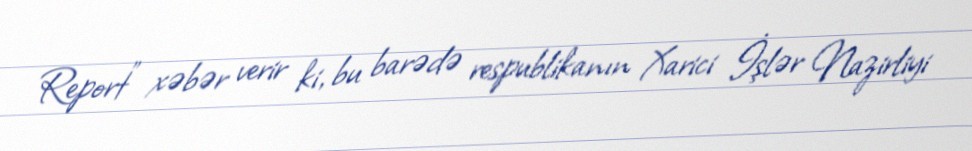
Report" xəbər verir ki, bu barədə respublikanın Xarici İşlər Nazirliyi